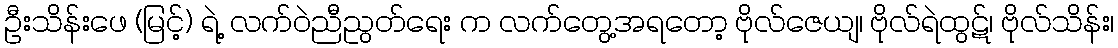
ဦးသိန်းဖေ (မြင့်) ရဲ့ လက်ဝဲညီညွတ်ရေး က လက်တွေ့အရတော့ ဗိုလ်ဇေယျ၊ ဗိုလ်ရဲထွဋ်၊ ဗိုလ်သိန်း၊